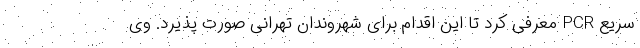
سریع PCR معرفی کرد تا این اقدام برای شهروندان تهرانی صورت پذیرد. وی